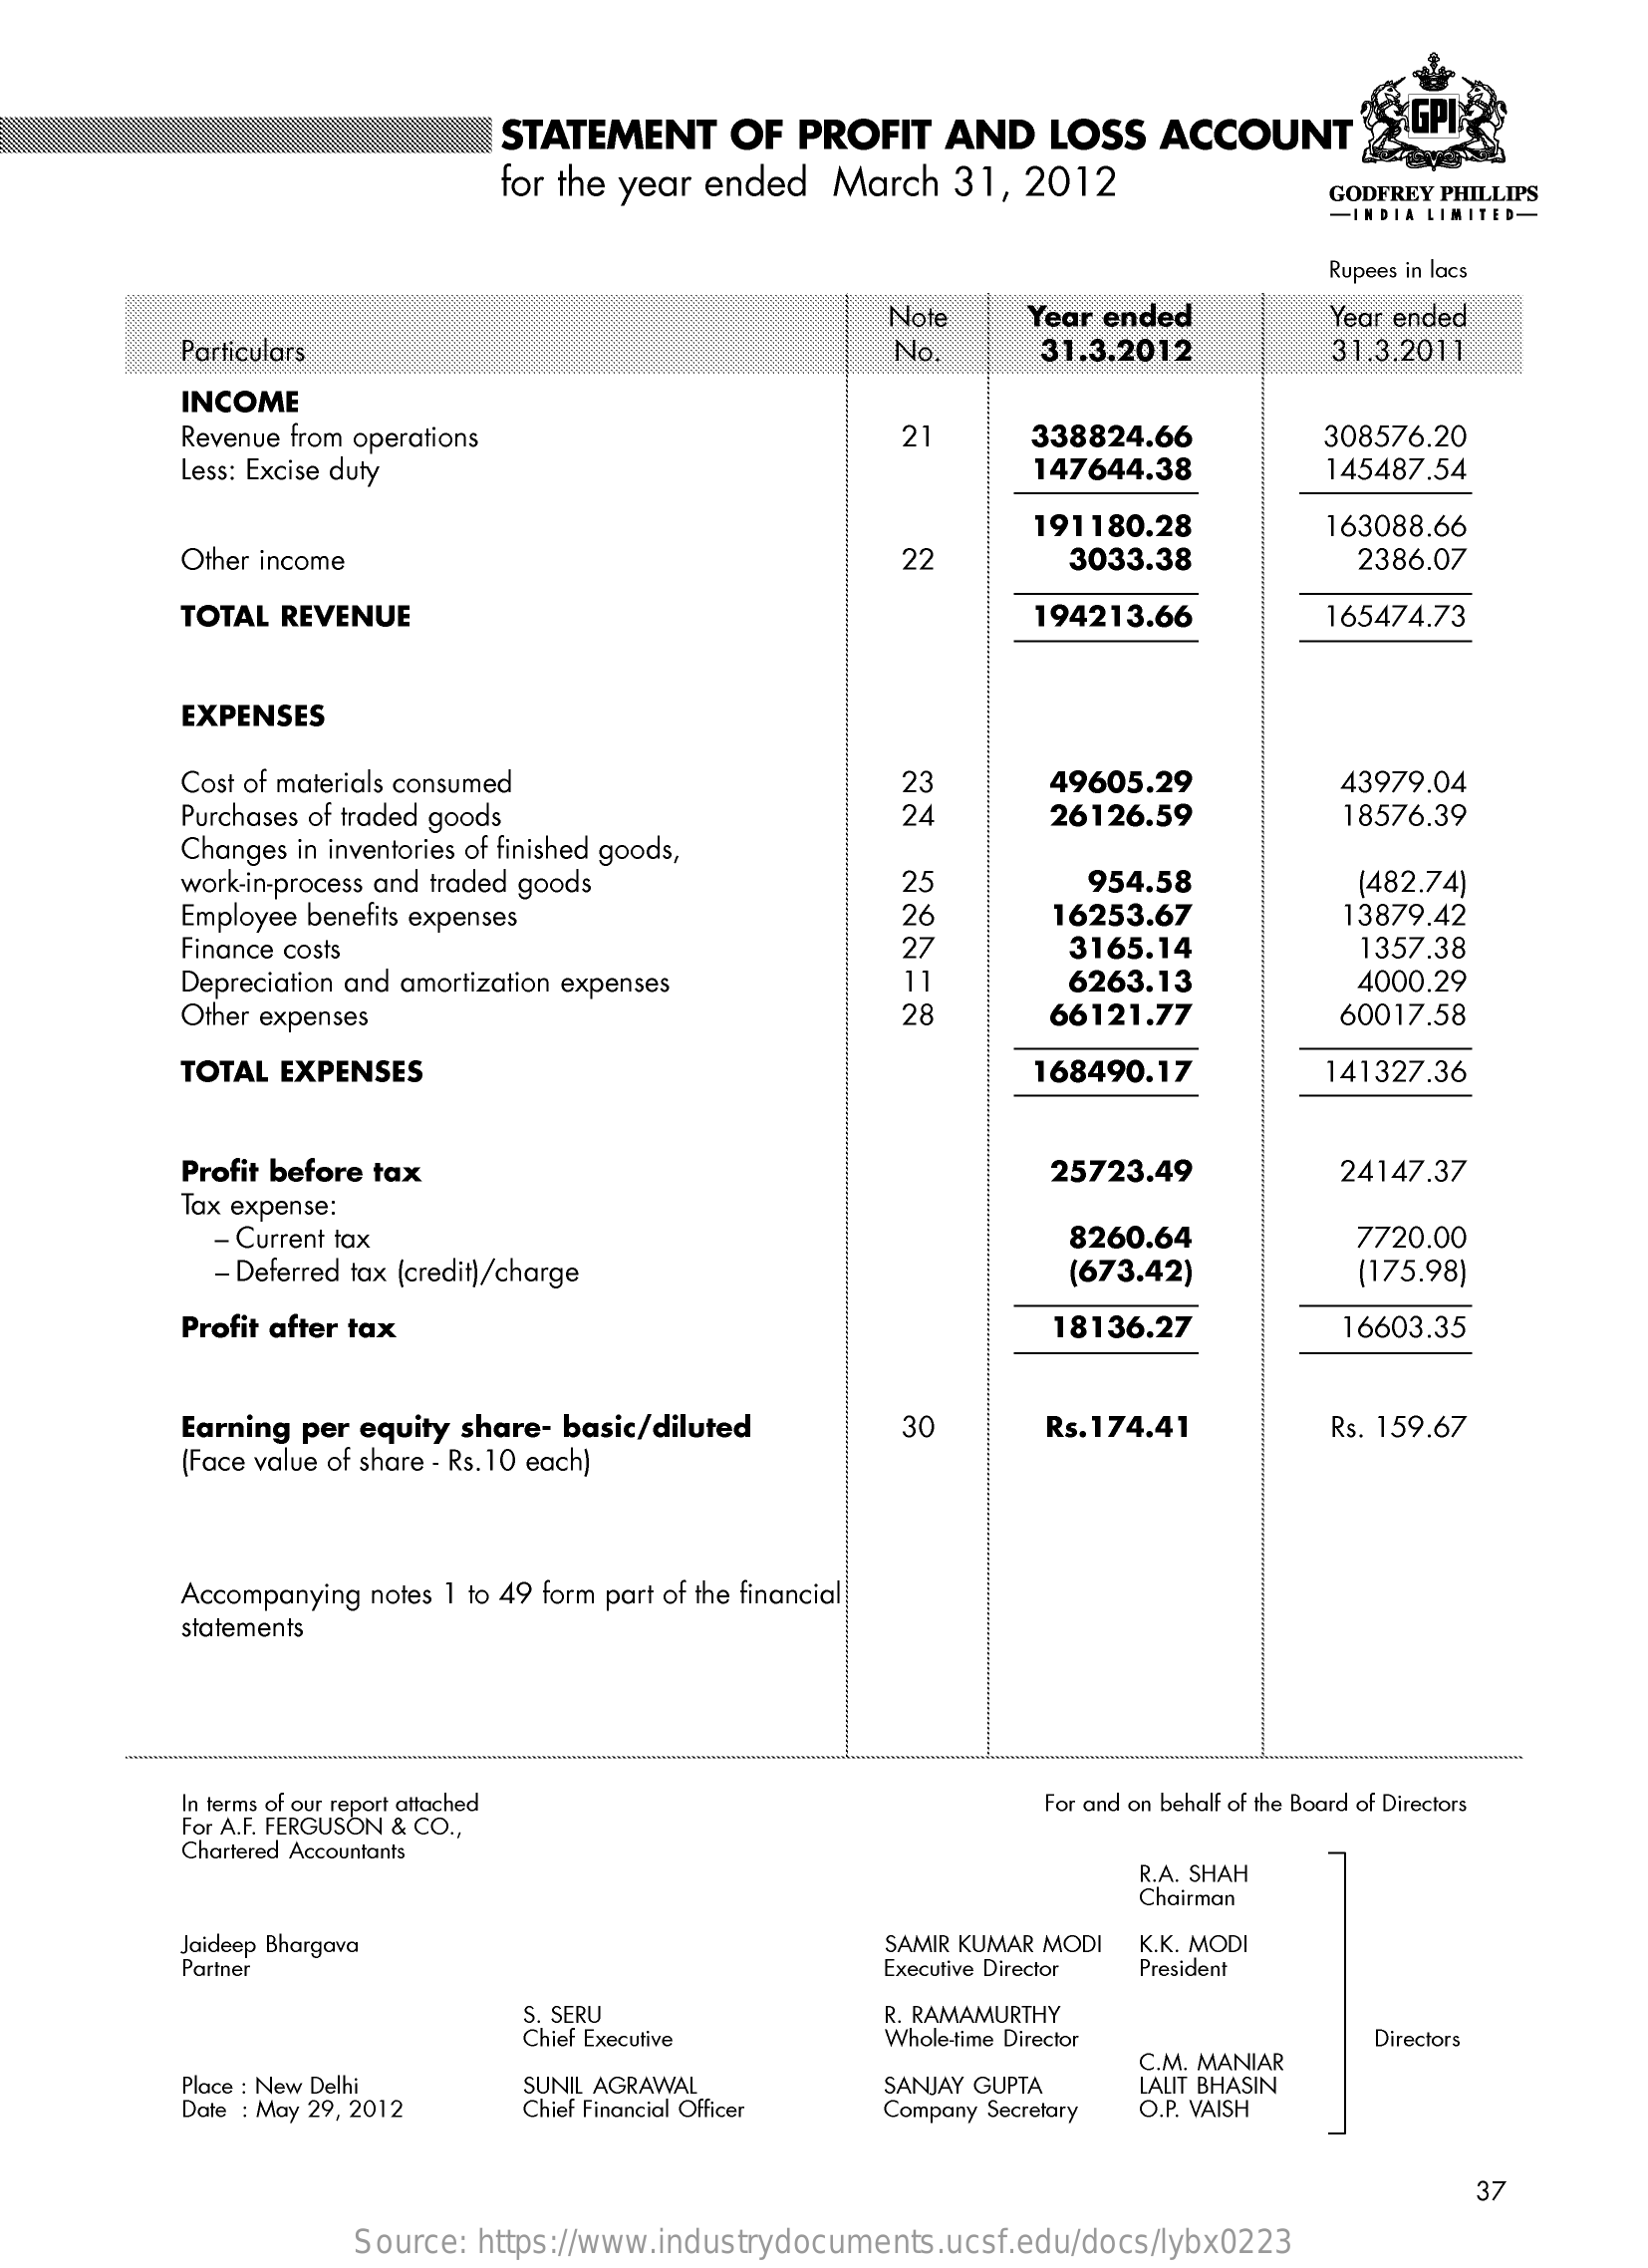
STATEMENT    OF  PROFIT    AND   LOSS   ACCOUNT
     for the year ended  March   31,  2012    GODFREY PHILLIPS
     -INDIA LIMITED-
     Rupees in lacs
     Note    Year ended    Year ended
     Particulars    No.    31.3.2012    31.3.2011
     INCOME
     Revenue from operations    21    338824.66    308576.20
     Less: Excise duty    147644.38    145487.54
     191180.28    163088.66
     Other income    22    3033.38    2386.07
     TOTAL REVENUE    194213.66    165474.73
     EXPENSES
     Cost of materials consumed
     Purchases of traded goods
     23    49605.29    43979.04
     24    26126.59    18576.39
     Changes in inventories of finished goods,
     work-in-process and traded goods    25    954.58
     Employee benefits expenses    26
     (482.74)
     16253.67    13879.42
     Finance costs    27    3165.14    1357.38
     Depreciation and amortization expenses    11    6263.13    4000.29
     Other expenses    28    66121.77    60017.58
     TOTAL EXPENSES    168490.17    141327.36
     Profit before tax    25723.49    24147.37
     Tax expense:
     - Current tax    8260.64    7720.00
     - Deferred tax (credit)/charge    (673.42)    (175.98)
     Profit after tax    18136.27    16603.35
     Earning per equity share- basic/diluted    30    Rs. 174.41    Rs. 159.67
     (Face value of share - Rs. 10 each)
     Accompanying notes 1 to 49 form part of the financial
     statements
     In terms of our report attached
     For A.F. FERGUSON & CO .,
     For and on behalf of the Board of Directors
     Chartered Accountants
     R.A. SHAH
     Chairman
     Jaideep Bhargava
     Partner
     SAMIR KUMAR MODI K.K. MODI
     Executive Director President
     S. SERU
     Chief Executive
     R. RAMAMURTHY
     Whole-time Director    Directors
     Place : New Delhi
     Date : May 29, 2012
     SUNIL AGRAWAL
     Chief Financial Officer
     SANJAY GUPTA
     C.M. MANIAR
     Company Secretary
     LALIT BHASIN
     O.P. VAISH
     37
     Source: https://www.industrydocuments.ucsf.edu/docs/lybx0223